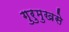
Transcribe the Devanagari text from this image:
गुरुमुखसे